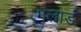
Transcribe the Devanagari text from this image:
मलार्ड